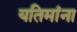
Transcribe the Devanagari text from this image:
यतिमांना